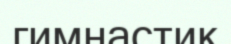
гимнастик